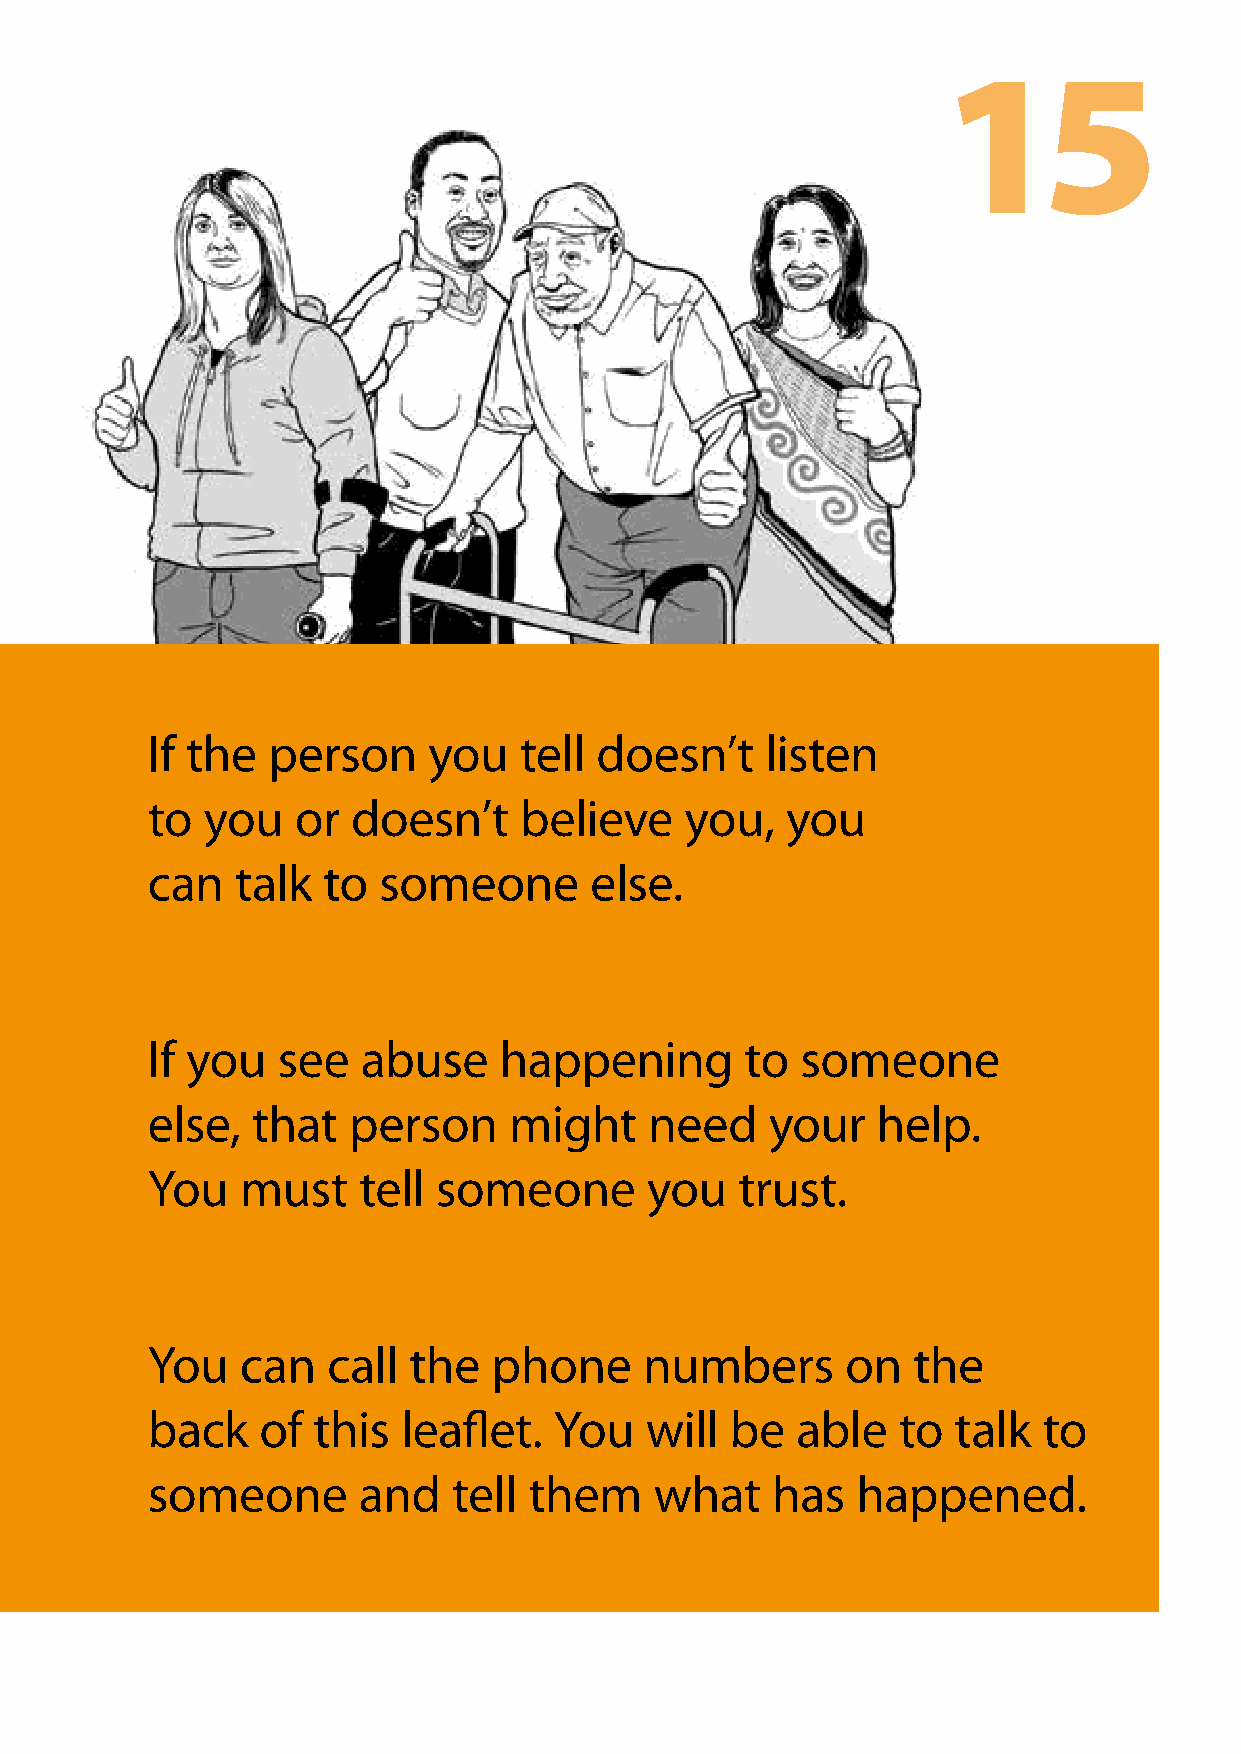
15
 If the  person    you   tell doesn’t     listen
 to you    or doesn’t    believe    you,   you
 can   talk to  someone       else.
 If you  see   abuse    happening       to  someone
 else,  that  person     might    need    your   help.
 You   must    tell someone       you   trust.
 You   can   call the   phone     numbers      on  the
 back   of  this  leaflet.  You   will be   able  to  talk  to
 someone       and   tell them    what    has   happened.